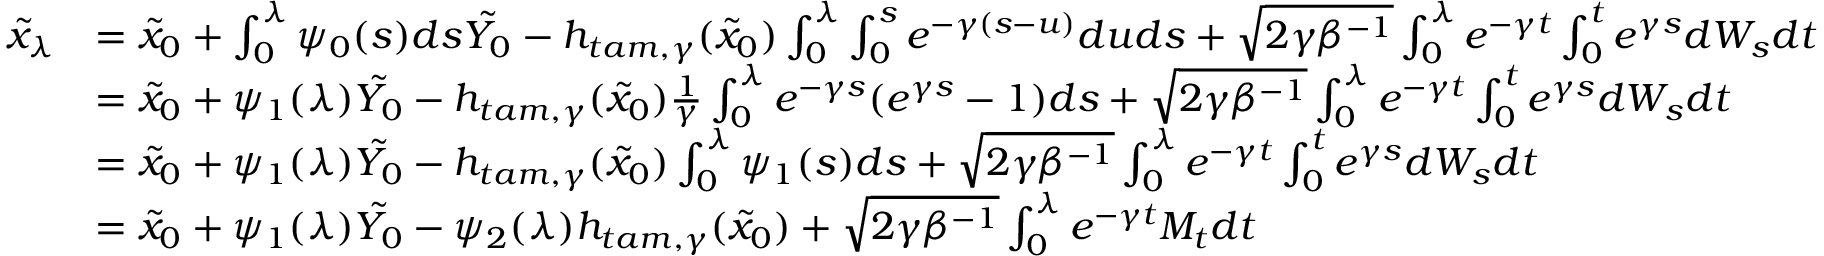
\begin{array} { r l } { \Tilde { x } _ { \lambda } } & { = \Tilde { x } _ { 0 } + \int _ { 0 } ^ { \lambda } \psi _ { 0 } ( s ) d s \Tilde { Y _ { 0 } } - h _ { t a m , \gamma } ( \Tilde { x } _ { 0 } ) \int _ { 0 } ^ { \lambda } \int _ { 0 } ^ { s } e ^ { - \gamma ( s - u ) } d u d s + \sqrt { 2 \gamma \beta ^ { - 1 } } \int _ { 0 } ^ { \lambda } e ^ { - \gamma t } \int _ { 0 } ^ { t } e ^ { \gamma s } d W _ { s } d t } \\ & { = \Tilde { x } _ { 0 } + \psi _ { 1 } ( \lambda ) \Tilde { Y _ { 0 } } - h _ { t a m , \gamma } ( \Tilde { x } _ { 0 } ) \frac { 1 } { \gamma } \int _ { 0 } ^ { \lambda } e ^ { - \gamma s } ( e ^ { \gamma s } - 1 ) d s + \sqrt { 2 \gamma \beta ^ { - 1 } } \int _ { 0 } ^ { \lambda } e ^ { - \gamma t } \int _ { 0 } ^ { t } e ^ { \gamma s } d W _ { s } d t } \\ & { = \Tilde { x } _ { 0 } + \psi _ { 1 } ( \lambda ) \Tilde { Y _ { 0 } } - h _ { t a m , \gamma } ( \Tilde { x } _ { 0 } ) \int _ { 0 } ^ { \lambda } \psi _ { 1 } ( s ) d s + \sqrt { 2 \gamma \beta ^ { - 1 } } \int _ { 0 } ^ { \lambda } e ^ { - \gamma t } \int _ { 0 } ^ { t } e ^ { \gamma s } d W _ { s } d t } \\ & { = \Tilde { x } _ { 0 } + \psi _ { 1 } ( \lambda ) \Tilde { Y _ { 0 } } - \psi _ { 2 } ( \lambda ) h _ { t a m , \gamma } ( \Tilde { x } _ { 0 } ) + \sqrt { 2 \gamma \beta ^ { - 1 } } \int _ { 0 } ^ { \lambda } e ^ { - \gamma t } M _ { t } d t } \end{array}